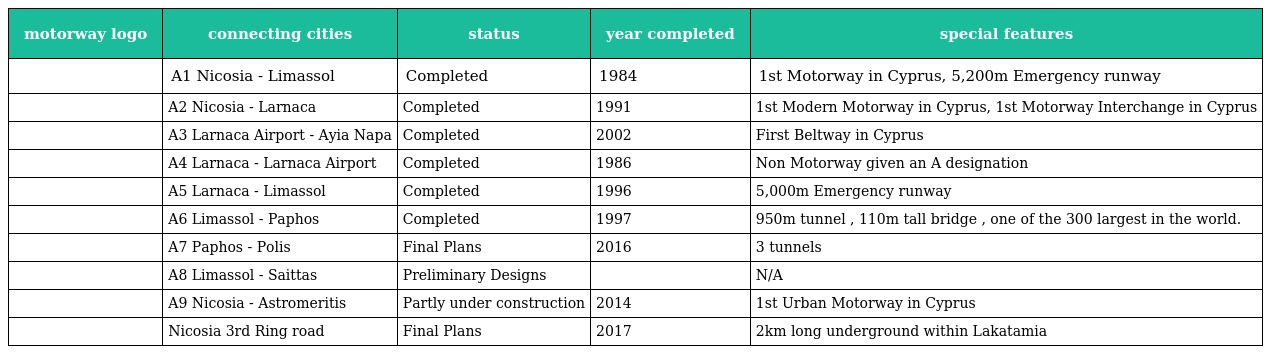
| motorway logo | connecting cities | status | year completed | special features |
 | --- | --- | --- | --- | --- |
 |  | A1 Nicosia - Limassol | Completed | 1984 | 1st Motorway in Cyprus, 5,200m Emergency runway |
 |  | A2 Nicosia - Larnaca | Completed | 1991 | 1st Modern Motorway in Cyprus, 1st Motorway Interchange in Cyprus |
 |  | A3 Larnaca Airport - Ayia Napa | Completed | 2002 | First Beltway in Cyprus |
 |  | A4 Larnaca - Larnaca Airport | Completed | 1986 | Non Motorway given an A designation |
 |  | A5 Larnaca - Limassol | Completed | 1996 | 5,000m Emergency runway |
 |  | A6 Limassol - Paphos | Completed | 1997 | 950m tunnel , 110m tall bridge , one of the 300 largest in the world. |
 |  | A7 Paphos - Polis | Final Plans | 2016 | 3 tunnels |
 |  | A8 Limassol - Saittas | Preliminary Designs |  | N/A |
 |  | A9 Nicosia - Astromeritis | Partly under construction | 2014 | 1st Urban Motorway in Cyprus |
 |  | Nicosia 3rd Ring road | Final Plans | 2017 | 2km long underground within Lakatamia |